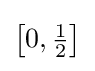
\left[0,{\tfrac {1}{2}}\right]